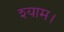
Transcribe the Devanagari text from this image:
श्याम।